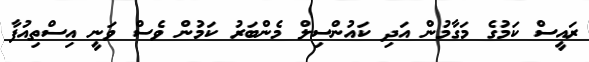
ރައީސް ކަމުގެ މަގާމުން އަދި ކައުންސިލް މެންބަރު ކަމުން ވެސް ވަނީ އިސްތިއުފާ